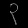
Digit: ၃